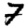
Digit: 7